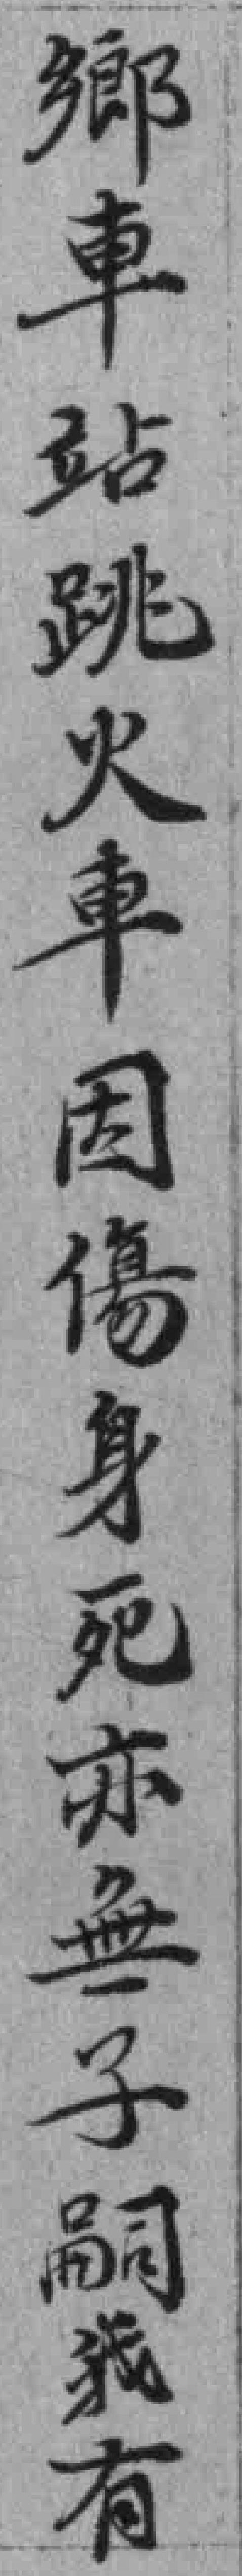
鄉車站跳火車因傷身死亦無子嗣我有